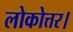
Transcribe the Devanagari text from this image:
लोकोत्तर।